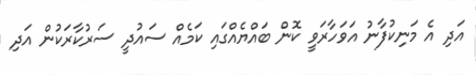
އަދި އެ މަނިކުފާނު އަވަހާރަވީ ކޮން ބައްޔެއްގައި ކަމެއް ސައުދީ ސަރުކާރަކުން އަދި